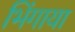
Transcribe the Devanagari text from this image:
भिंगाया